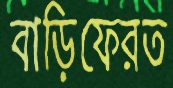
বাড়িফেরত